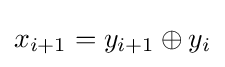
x_{i+1}=y_{i+1}\oplus y_{i}